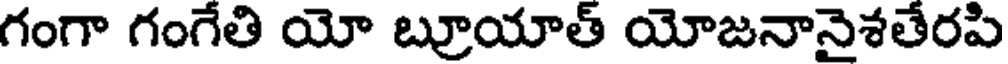
గంగా గంగేతి యో బ్రూయాత్ యోజనానైశతేరపి